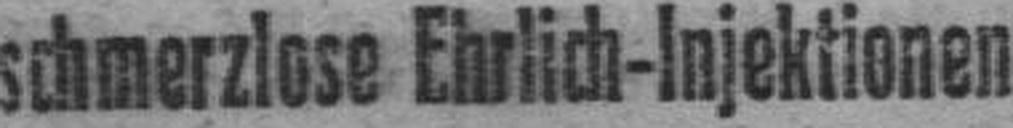
schmerzlose Ehrlich-Injektionen